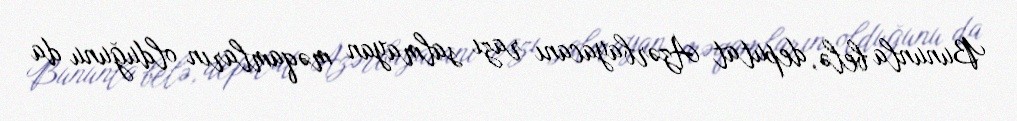
Bununla belə, deputat Azərbayacanı razı salmayan məqamların olduğunu da